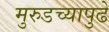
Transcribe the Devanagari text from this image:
मुरुडच्यापुढे